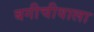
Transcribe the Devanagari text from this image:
बगीचीवाला